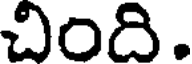
చింది.